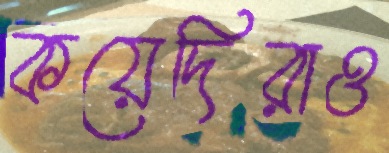
কয়েদিরাও